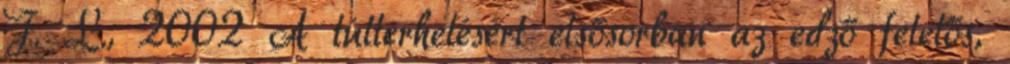
J. L., 2002 A túlterhelésért elsősorban az edző felelős,